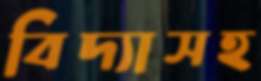
বিদ্যাসহ